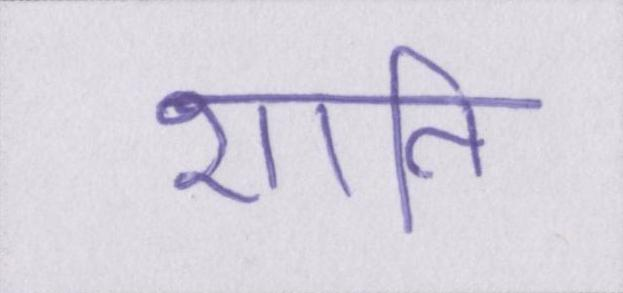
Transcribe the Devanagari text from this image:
शाति